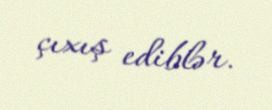
çıxış ediblər.